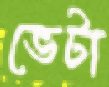
ভেটা